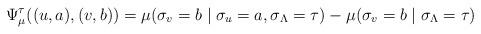
LaTeX: \begin{align*}\Psi^\tau_\mu((u,a), (v,b)) = \mu(\sigma_v = b \mid \sigma_u = a, \sigma_\Lambda = \tau) - \mu(\sigma_v = b \mid \sigma_\Lambda = \tau)\end{align*}